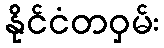
နိုင်ငံတဝှမ်း